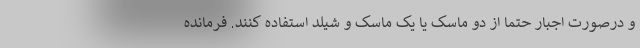
و درصورت اجبار حتما از دو ماسک یا یک ماسک و شیلد استفاده کنند. فرمانده